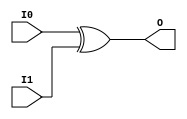
// $Header: /devl/xcs/repo/env/Databases/CAEInterfaces/verunilibs/data/unisims/XOR2.v,v 1.6 2007/05/23 21:43:44 patrickp Exp $
///////////////////////////////////////////////////////////////////////////////
// Copyright (c) 1995/2004 Xilinx, Inc.
// All Right Reserved.
///////////////////////////////////////////////////////////////////////////////
//   ____  ____
//  /   /\/   /
// /___/  \  /    Vendor : Xilinx
// \   \   \/     Version : 10.1
//  \   \         Description : Xilinx Functional Simulation Library Component
//  /   /                  2-input XOR Gate
// /___/   /\     Filename : XOR2.v
// \   \  /  \    Timestamp : Thu Mar 25 16:43:42 PST 2004
//  \___\/\___\
//
// Revision:
//    03/23/04 - Initial version.
//    05/23/07 - Changed timescale to 1 ps / 1 ps.

`timescale  1 ps / 1 ps


module XOR2 (O, I0, I1);

    output O;

    input  I0, I1;

	xor X1 (O, I0, I1);


endmodule